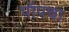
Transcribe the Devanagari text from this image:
पॉपचा